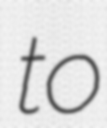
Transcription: to